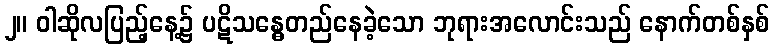
၂။ ဝါဆိုလပြည့်နေ့၌ ပဋိသန္ဓေတည်နေခဲ့သော ဘုရားအလောင်းသည် နောက်တစ်နှစ်